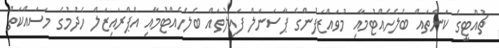
ޗުއްޓީގެ ކަންތައް ބެލެހެއްޓުމާއި މުވައްޒަފުންގެ ޕާސަނަލް ފައިލުތައް ބެލެހެއްޓުމާއި އެޕްރައިޒަލް ހެދުމުގެ މަސައްކަތް